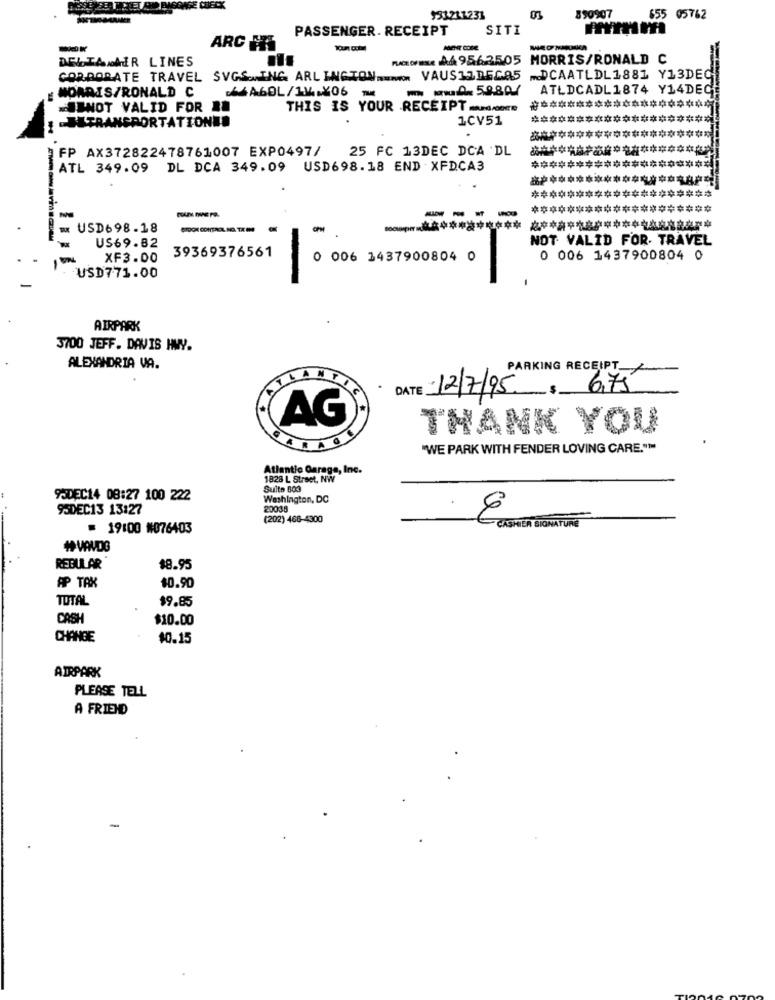
991211233
03
890907
655
05762
PASSENGER. RECEIPT
SITI
--
ARC HI
AGENT CORE
DELTA AIR LINES
nome A4 9563505 MORRIS/RONALD C
CORPORATE TRAVEL SVGS ING ARLINGTON == > VAUS12DECA5
DCAATLDL1881 Y13DEC
MORRIS/RONALD C
ATLDCADL 1874 Y14DEC
ISNOT VALID FOR .
THIS IS YOUR RECEIPT ....
BUTRANSPORTATIONED
1CV51
********************
25 FC 13DEC DCA DL
FP AX372822478761007 EXP0497/
ATL 349.09 DL DCA 349.09 USD698.18 END : XFDCA3
********************
********************
********************
----
USD698.18
STOCK CONTROL NO. TX M
US69.82
NOT VALID FOR. TRAVEL
39369376561
XF3.00
0 006 1437900804 0
0 006 1437900804 0
-
USD771.00
AIRPARK
3700 JEFF. DAVIS HWY.
ALEXANDRIA VA.
PARKING RECEIPT
DATE 12/7/95 , 6,75
AG
THANK YOU
"WE PARK WITH FENDER LOVING CARE.">
Atlantic Garage, Inc.
1828 L Street, NW"
Suite 803
93DEC14 08:27 100 222
Washington, DC
95DEC13 13:27
20038
(202) 468-4300
= 19:00 #076403
CASHIER SIGNATURE
# VAVDG
REBULAR
$8.95
AP TAK
$0.90
TOTAL
$9.85
CASH
$10.00
CHANGE
10.15
AIRPARK
PLEASE TELL
A FRIEND
-